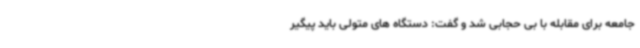
جامعه برای مقابله با بی حجابی شد و گفت: دستگاه های متولی باید پیگیر